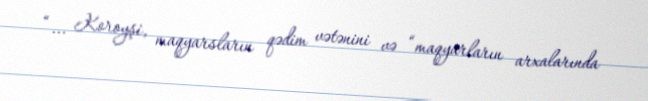
“... Koroyşi, maqyarsların qədim vətənini və “maqyarların arxalarında